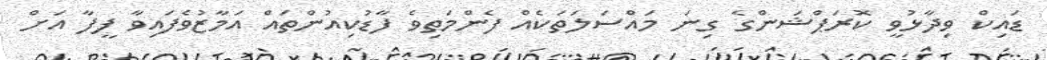
ޑައިކް ވިދާޅުވީ ކޮރަޕްޝަންގެ ގިނަ މައްސަލަތަކެއް ފެންމަތިވެ ފާޑުކިއުންތައް އަމާޒުވެފައިވާ ފީފާ އަށް